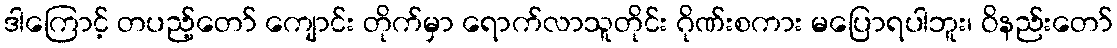
ဒါကြောင့် တပည့်တော် ကျောင်း တိုက်မှာ ရောက်လာသူတိုင်း ဂိုဏ်းစကား မပြောရပါဘူး၊ ဝိနည်းတော်